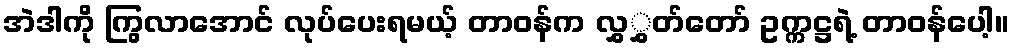
အဲဒါကို ကြွလာအောင် လုပ်ပေးရမယ့် တာဝန်က လွှွှတ်တော် ဥက္ကဋ္ဌရဲ့ တာဝန်ပေါ့။